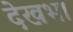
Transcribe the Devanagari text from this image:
देखभा